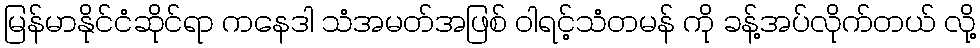
မြန်မာနိုင်ငံဆိုင်ရာ ကနေဒါ သံအမတ်အဖြစ် ဝါရင့်သံတမန် ကို ခန့်အပ်လိုက်တယ် လို့